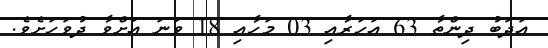
އަދަބު ދިންތާ 63 އަހަރާއި 03 މަހާއި 18 ވަނަ އަށްވާ ދުވަހަށެވެ.